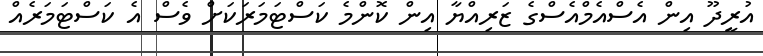
އުރީދޫ އިން އެސްއެމްއެސްގެ ޒަރިއްޔާ އިން ކޮންމެ ކަސްޓަމަރަކަށް ވެސް އެ ކަސްޓަމަރެއް